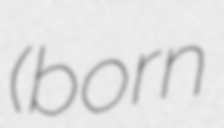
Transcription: (born